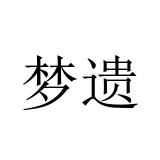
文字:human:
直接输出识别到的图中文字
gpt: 梦遗